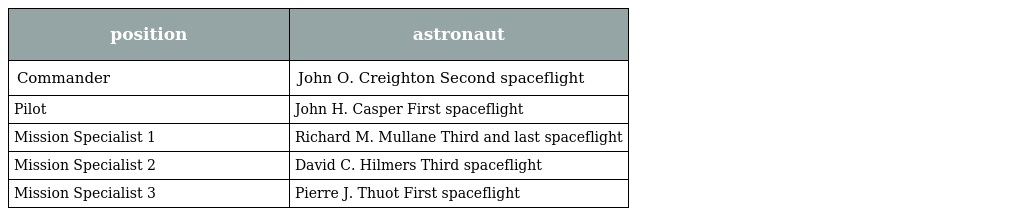
| position | astronaut |
 | --- | --- |
 | Commander | John O. Creighton Second spaceflight |
 | Pilot | John H. Casper First spaceflight |
 | Mission Specialist 1 | Richard M. Mullane Third and last spaceflight |
 | Mission Specialist 2 | David C. Hilmers Third spaceflight |
 | Mission Specialist 3 | Pierre J. Thuot First spaceflight |